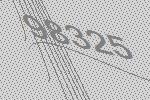
98325